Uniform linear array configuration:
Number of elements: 24
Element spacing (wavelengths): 1
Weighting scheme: blackman
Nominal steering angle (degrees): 15
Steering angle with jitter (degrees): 14.312
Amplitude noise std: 0.05
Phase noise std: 0.05

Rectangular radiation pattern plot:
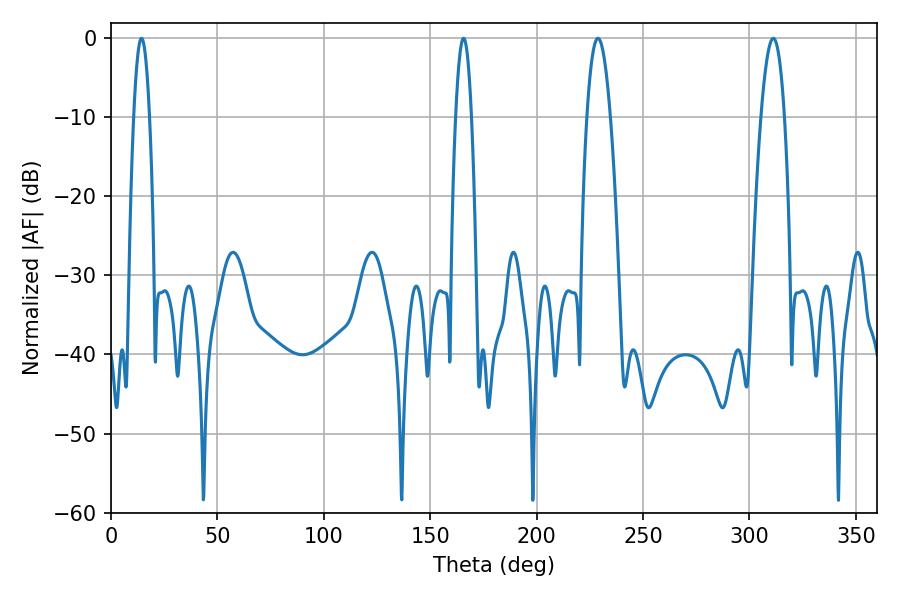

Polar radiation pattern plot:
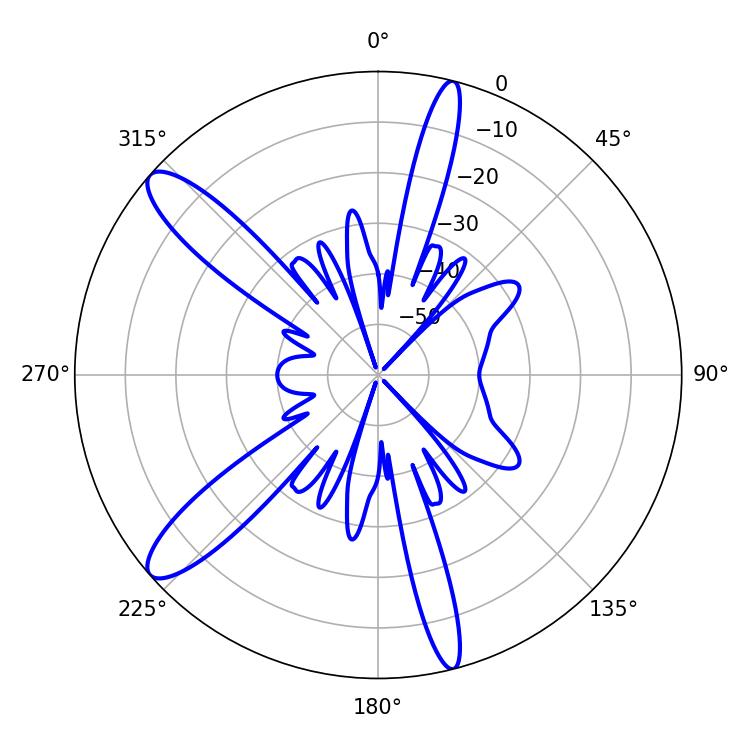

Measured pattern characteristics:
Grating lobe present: TRUE
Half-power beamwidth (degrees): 5.94
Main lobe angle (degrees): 228.78